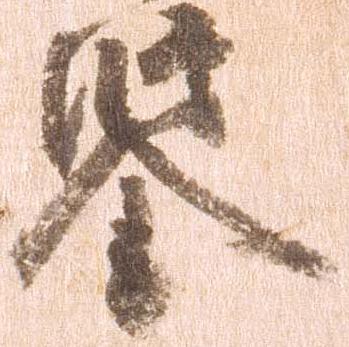
鑑